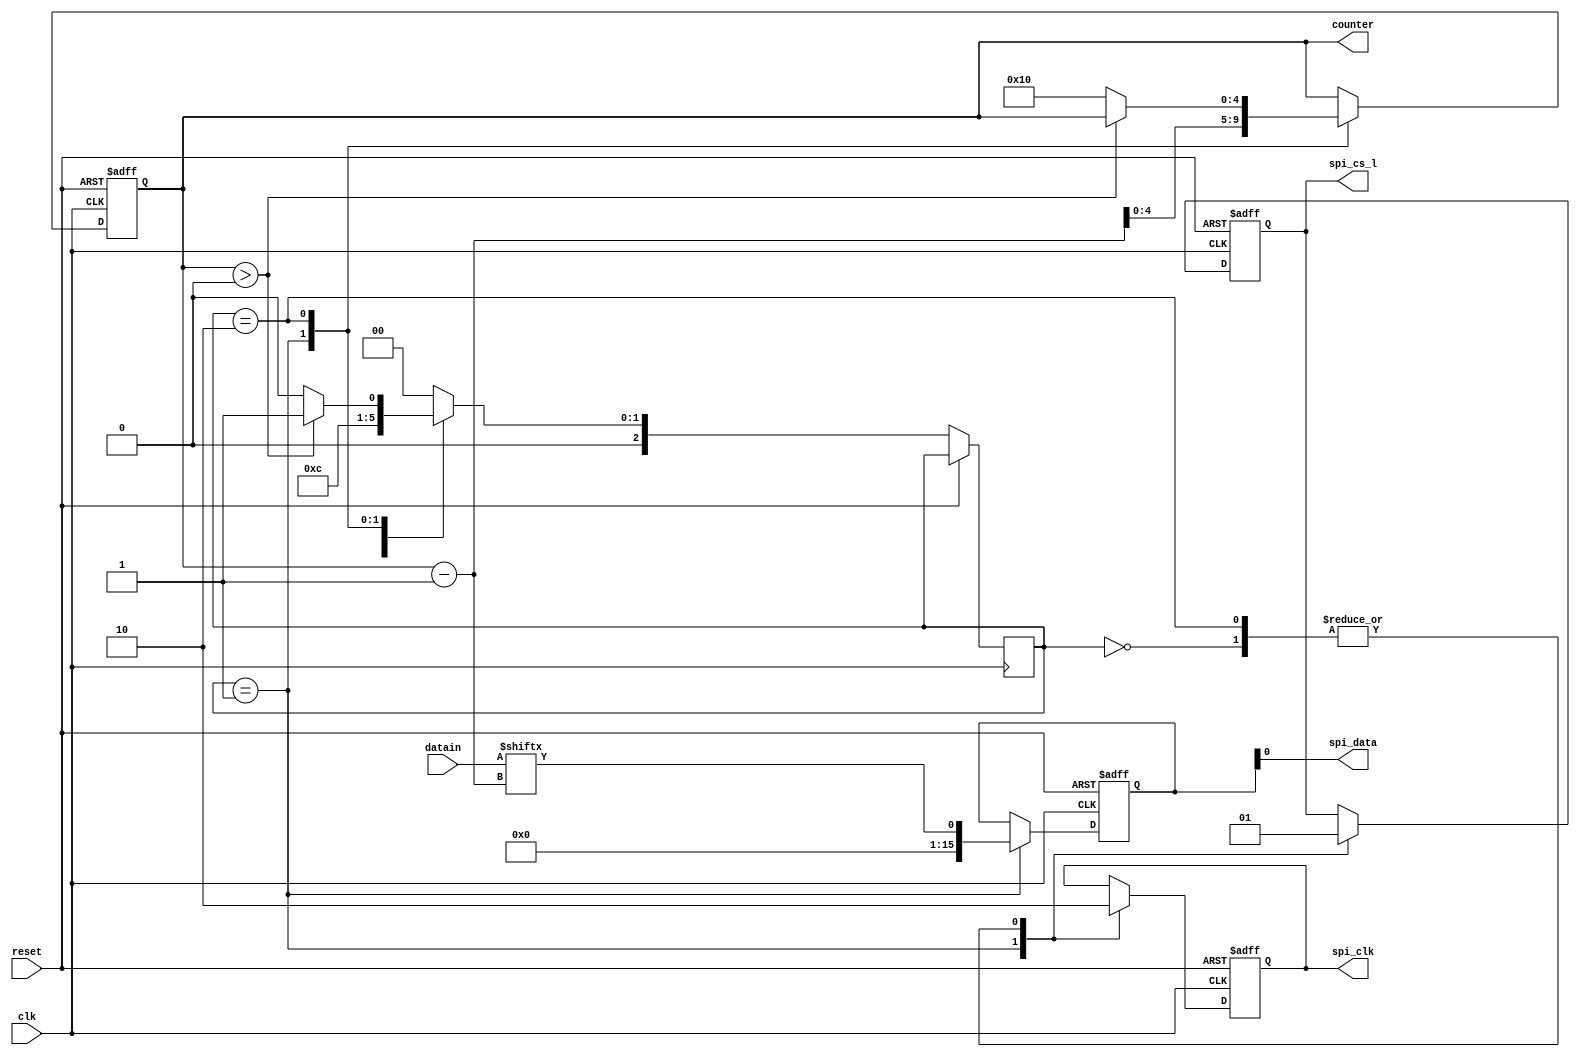
module SPI_STATE (
    input clk,
    input reset,
    input [15:0]datain,
    output spi_cs_l,
    output spi_clk,
    output spi_data,
    output [4:0] counter
);
reg [15:0] MOSI;
reg [4:0] count;
reg cs_l;
reg sclk;
reg [2:0]state;
always@(posedge clk or posedge reset)
if(reset)
begin
  MOSI<=16'd0;
  count<=5'd16;
  cs_l<=1'b1;
  sclk<=1'b0;
end
else
begin
  case(state)
  0:begin
    sclk<=1'b0;
    cs_l<=1'b1;
    state<=1;
  end
  1:begin
    sclk<=1'b1;
    cs_l<=1'b0;
    MOSI<=datain[count-1];
    count<=count-1;
    state<=2;
  end
  2:begin
    sclk<=1'b0;
    cs_l<=1'b1;
    if(count>0)
    state<=1;
    else
    begin
      count<=5'd16;
      state<=0;
    end
  end
  default:state<=0;
  endcase
end
assign spi_cs_l=cs_l;
assign spi_clk=sclk;
assign spi_data=MOSI;
assign counter=count;
    
endmodule